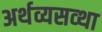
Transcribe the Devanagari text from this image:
अर्थव्यसव्था